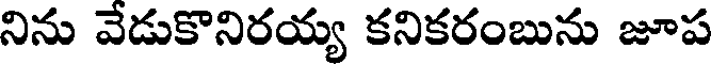
నిను వేడుకొనిరయ్య కనికరంబును జూప